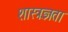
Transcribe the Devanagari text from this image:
शास्त्रज्ञता